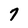
Character: 7